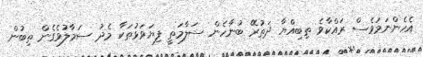
އެހެންނަމަވެސް ރައްކާވެ ތިބިއްޔާ ދަތުރޭ ބުނާހެން ސަލާމަތީ ފިޔަވަޅުތަކާ މެދު ސަމާލުވެގެން ތިބުން